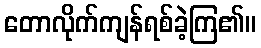
တောလိုက်ကျန်ရစ်ခဲ့ကြ၏။